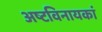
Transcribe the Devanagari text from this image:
अष्टविनायकां